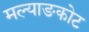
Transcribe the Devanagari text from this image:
मल्याङकोट